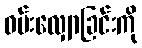
ဝမ်းလျှောခြင်းကို